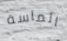
الماسة